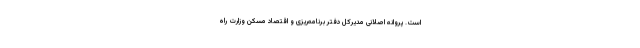
است. پروانه اصلانی مدیرکل دفتر برنامه‌ریزی و اقتصاد مسکن وزارت راه